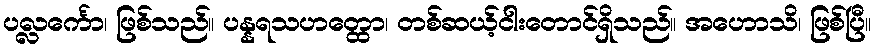
ပလ္လင်္ကော၊ ဖြစ်သည်။ ပန္နရသဟတ္ထော၊ တစ်ဆယ့်ငါးတောင်ရှိသည်။ အဟောသိ၊ ဖြစ်ပြီ။